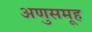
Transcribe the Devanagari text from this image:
अणुसमूह